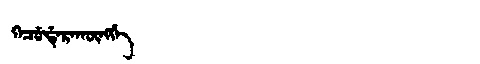
Manchu: ᡴᡝᠴᡠᡩᡝᡵᠠᡴᡡᠩᡤᡝ
Romanization: KECUDERAKŪNGGE